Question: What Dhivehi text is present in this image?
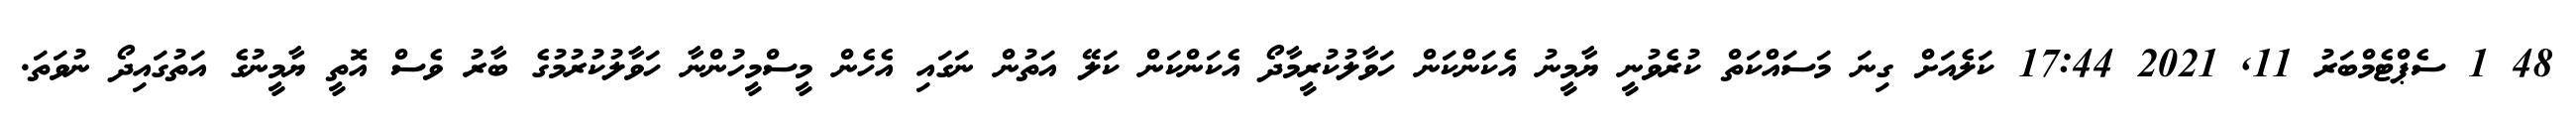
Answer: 48 1 ސެޕްޓެމްބަރު 11, 2021 17:44 ކަލެއަށް ގިނަ މަސައްކަތް ކުރެވުނީ ޔާމީނު އެކަންކަން ހަވާލުކުރީމާދޯ އެކަންކަން ކަލޭ އަތުން ނަގައި އެހެން މީސްމީހުންނާ ހަވާލުކުރުމުގެ ބާރު ވެސް އޮތީ ޔާމީނުގެ އަތުގައިދޯ ނުވަތަ.